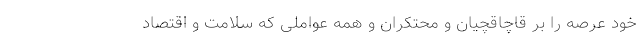
خود عرصه را بر قاچاقچیان و محتکران و همه عواملی که سلامت و اقتصاد